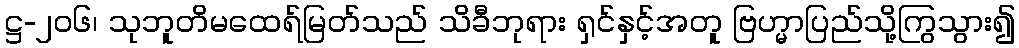
ဋ္ဌ-၂၀၆၊ သုဘူတိမထေရ်မြတ်သည် သိခီဘုရား ရှင်နှင့်အတူ ဗြဟ္မာပြည်သို့ကြွသွား၍